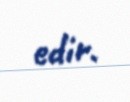
edir.